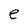
Character: e